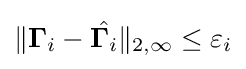
{\textstyle \|\mathbf {\Gamma } _{i}-{\hat {\mathbf {\Gamma } _{i}}}\|_{2,\infty }\leq \varepsilon _{i}}